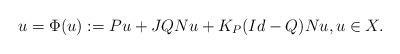
LaTeX: \begin{align*}u = \Phi(u):= Pu + JQNu + K_{P}(Id-Q)Nu, u\in X.\end{align*}